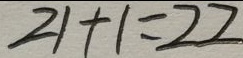
2 1 + 1 = 2 2